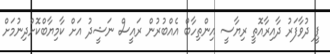
ޕީ ދުވާފަރު ދާއިރާއޮތީ ރިޔާސީ އިންތިހާބް އެއްބުރުން ރައީސް ނަޝީދު އަށް ކާމިޔާބްކޮށްދިނުމަށް